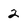
Character: 2